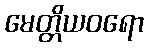
မေတ္တိယဝရော